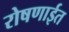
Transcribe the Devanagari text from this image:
रोषणाईत